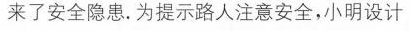
来了安全隐患。为提示路人注意安全，小明设计